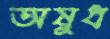
অষুধ